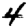
Digit: 4